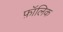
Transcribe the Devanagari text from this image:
फ़ॉलिक